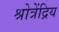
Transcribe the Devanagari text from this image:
श्रोत्रेंद्रिय